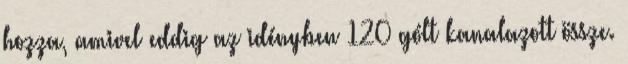
hozza, amivel eddig az idényben 120 gólt kanalazott össze.